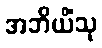
အဘိယိံသု